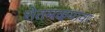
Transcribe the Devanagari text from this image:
शेतमळ्यावर